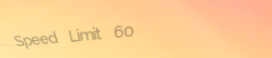
Speed Limit 60